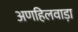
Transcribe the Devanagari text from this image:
अणहिलवाड़ा